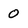
Character: 0